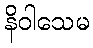
နိဝါသေမ